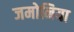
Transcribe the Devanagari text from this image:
जमोनिया